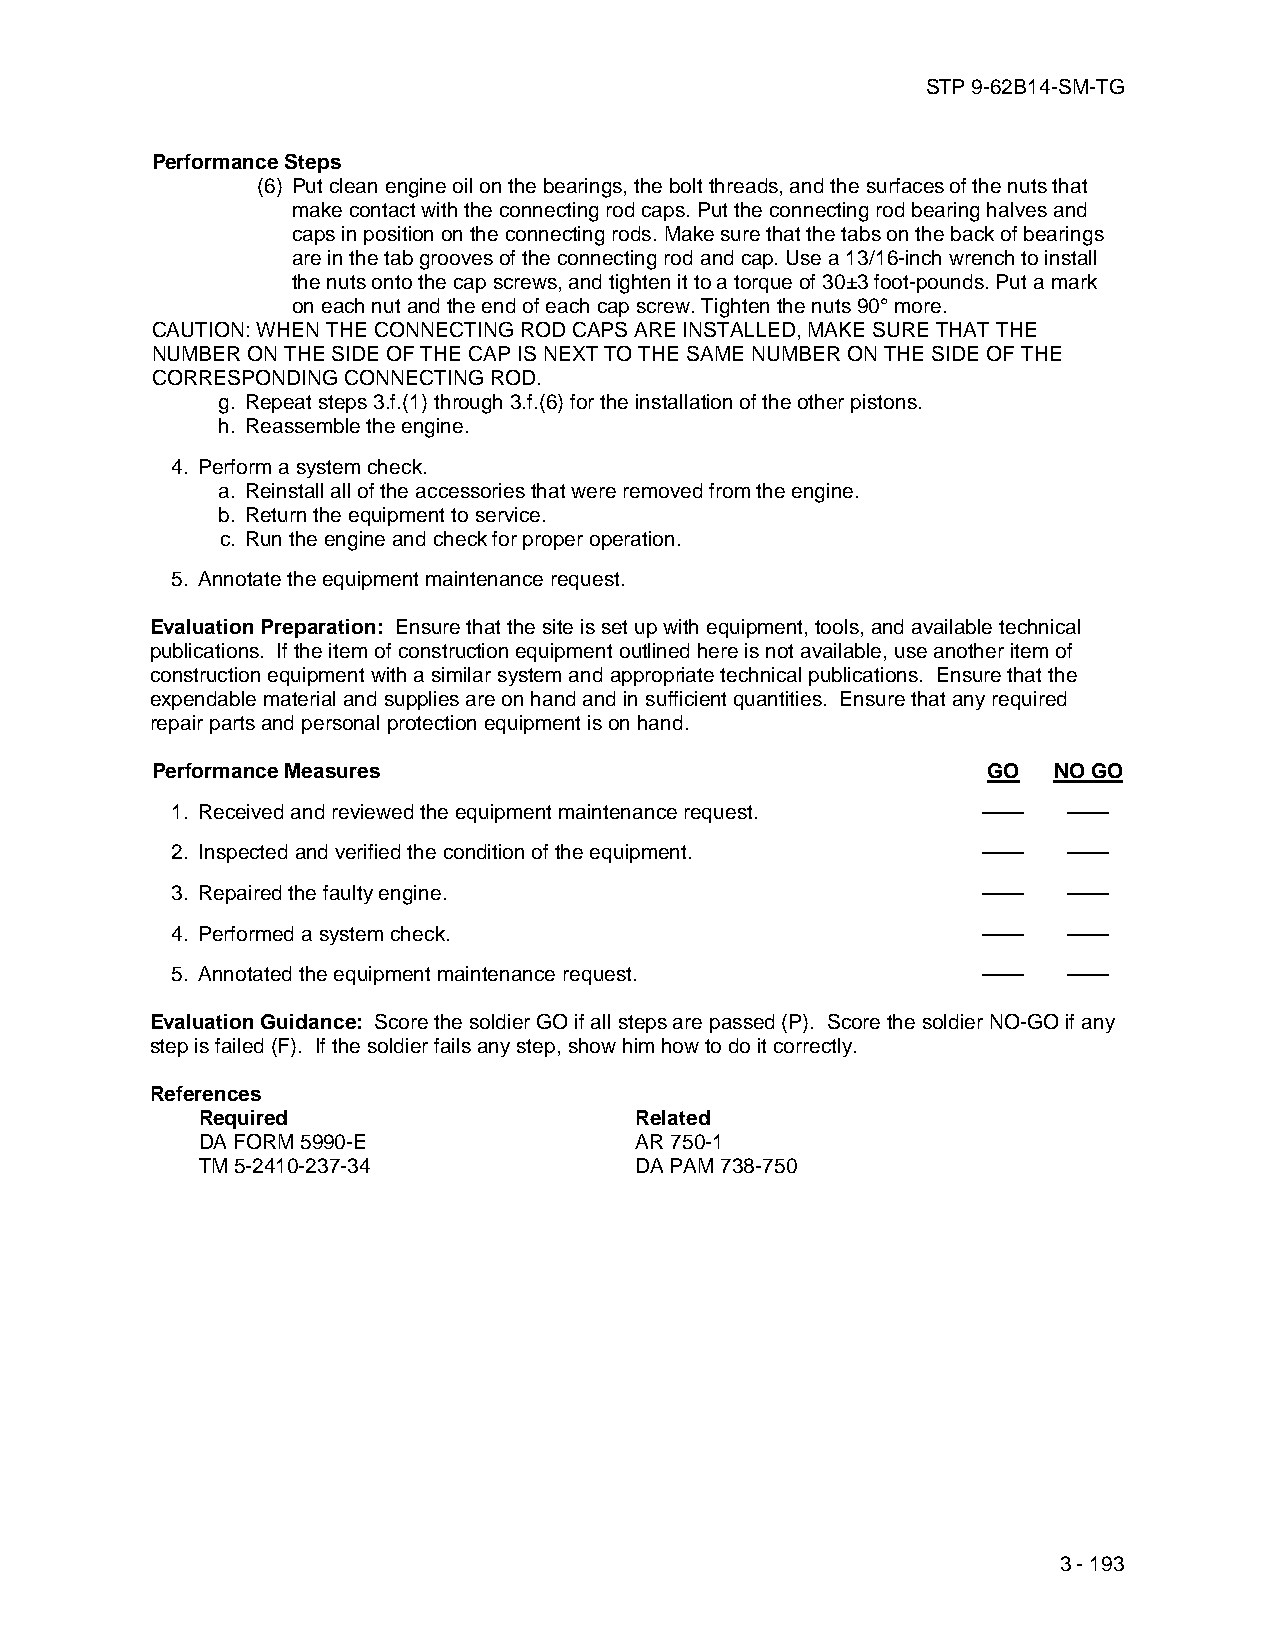
STP 9-62B14-SM-TG
 Performance Steps
 (6) Put clean engine oil on the bearings, the bolt threads, and the surfaces of the nuts that
 make contact with the connecting rod caps. Put the connecting rod bearing halves and
 caps in position on the connecting rods. Make sure that the tabs on the back of bearings
 are in the tab grooves of the connecting rod and cap. Use a 13/16-inch wrench to install
 the nuts onto the cap screws, and tighten it to a torque of 30±3 foot-pounds. Put a mark
 on each nut and the end of each cap screw. Tighten the nuts 90° more.
 CAUTION: WHEN THE CONNECTING ROD CAPS ARE INSTALLED, MAKE SURE THAT THE
 NUMBER ON THE SIDE OF THE CAP IS NEXT TO THE SAME NUMBER ON THE SIDE OF THE
 CORRESPONDING CONNECTING ROD.
 g. Repeat steps 3.f.(1) through 3.f.(6) for the installation of the other pistons.
 h. Reassemble the engine.
 4. Perform a system check.
 a. Reinstall all of the accessories that were removed from the engine.
 b. Return the equipment to service.
 c. Run the engine and check for proper operation.
 5. Annotate the equipment maintenance request.
 Evaluation Preparation: Ensure that the site is set up with equipment, tools, and available technical
 publications. If the item of construction equipment outlined here is not available, use another item of
 construction equipment with a similar system and appropriate technical publications. Ensure that the
 expendable material and supplies are on hand and in sufficient quantities. Ensure that any required
 repair parts and personal protection equipment is on hand.
 Performance Measures                                   GO   NO GO
 1. Received and reviewed the equipment maintenance request. —— ——
 2. Inspected and verified the condition of the equipment. —— ——
 3. Repaired the faulty engine.                        ——    ——
 4. Performed a system check.                          ——    ——
 5. Annotated the equipment maintenance request.       ——    ——
 Evaluation Guidance: Score the soldier GO if all steps are passed (P). Score the soldier NO-GO if any
 step is failed (F). If the soldier fails any step, show him how to do it correctly.
 References
 Required                     Related
 DA FORM 5990-E               AR 750-1
 TM 5-2410-237-34             DA PAM 738-750
 3 - 193